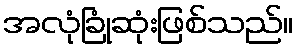
အလုံခြုံဆုံးဖြစ်သည်။